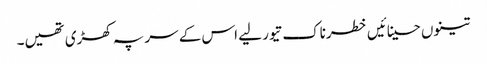
تینوں حسینائیں خطرناک تیور لیے اس کے سر پہ کھڑی تھیں۔